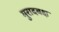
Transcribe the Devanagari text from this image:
मुरादबक्ष